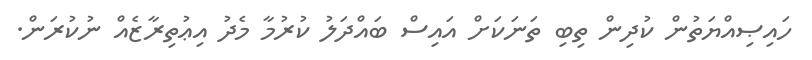
ހައިޞިއްޔަތުން ކުދިން ތިބި ތަނަކަށް އައިސް ބައްދަލު ކުރުމާ މެދު އިޢުތިރާޒެއް ނުކުރަން.